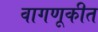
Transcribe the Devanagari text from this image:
वागणूकीत